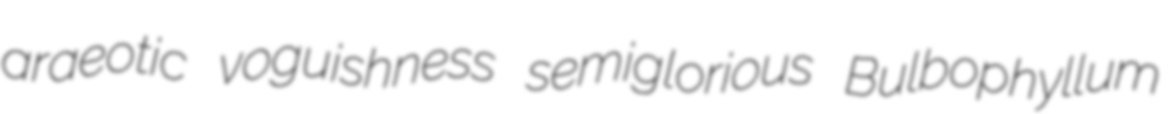
araeotic voguishness semiglorious Bulbophyllum